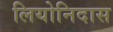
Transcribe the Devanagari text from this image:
लियोनिदास